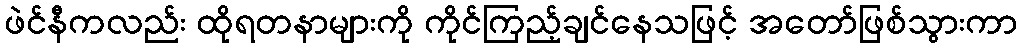
ဖဲင်နီကလည်း ထိုရတနာများကို ကိုင်ကြည့်ချင်နေသဖြင့် အတော်ဖြစ်သွားကာ